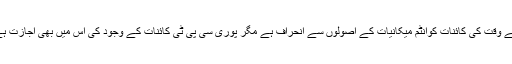
الٹے وقت کی کائنات کوانٹم میکانیات کے اصولوں سے انحراف ہے مگر پوری سی پی ٹی کائنات کے وجود کی اس میں بھی اجازت ہے۔